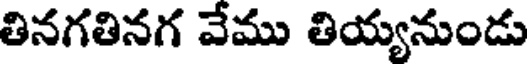
తినగతినగ వేము తియ్యనుండు